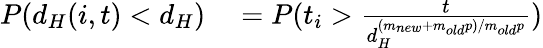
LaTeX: \begin{array}{rl}{P(d_{H}(i,t)<d_{H})}&{{}=P(t_{i}>\frac{t}{d_{H}^{(m_{new}+m_{old}p)/m_{old}p}})}\end{array}